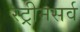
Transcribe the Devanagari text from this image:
स्ट्रीमसर्व